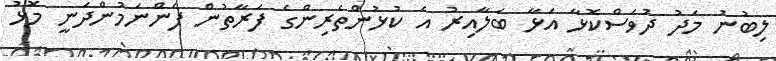
ލިބުނު މަދު ދުވަސްކޮޅާ އަޅާ ބަލާއިރު އެ ކުޅުންތެރިންގެ ފަރާތުން ފެންނަމުންދަނީ މޮޅު